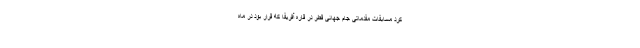
کرد مسابقات مقدماتی جام جهانی قطر در قاره آفریقا که قرار بود در ماه